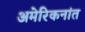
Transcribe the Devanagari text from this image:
अमेरिकनांत